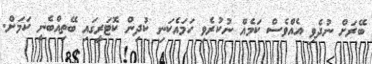
ބޭރަށް ނުދެވި އެއްވެސް ކަމެއް ނުކުރެވި ހަމައެކަނި ކުދިން ކޮޓަރީގައި ބޭތިއްބެނީ ކަމަށް.